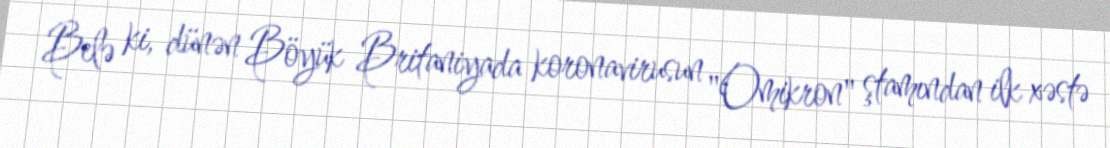
Belə ki, dünən Böyük Britaniyada koronavirusun "Omikron" ştamından ilk xəstə